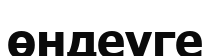
өндеуге